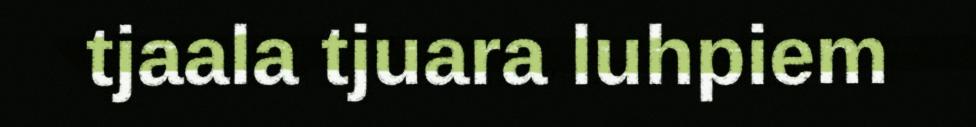
tjaala tjuara luhpiem